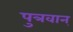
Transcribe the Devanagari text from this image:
पुत्रवान्